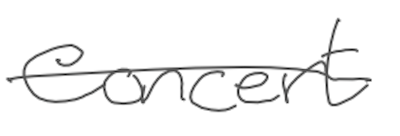
Text: concert
Cross-out: single-line
Writing tool: digital_gray